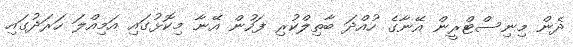
ދެން މިނިސްޓްރީން އޭނާގެ ހުއްދަ ބާތިލްކުރި ފަހުން އޭނާ މިކޮޅުގައި އަމިއްލަ ހަރަދުގައި